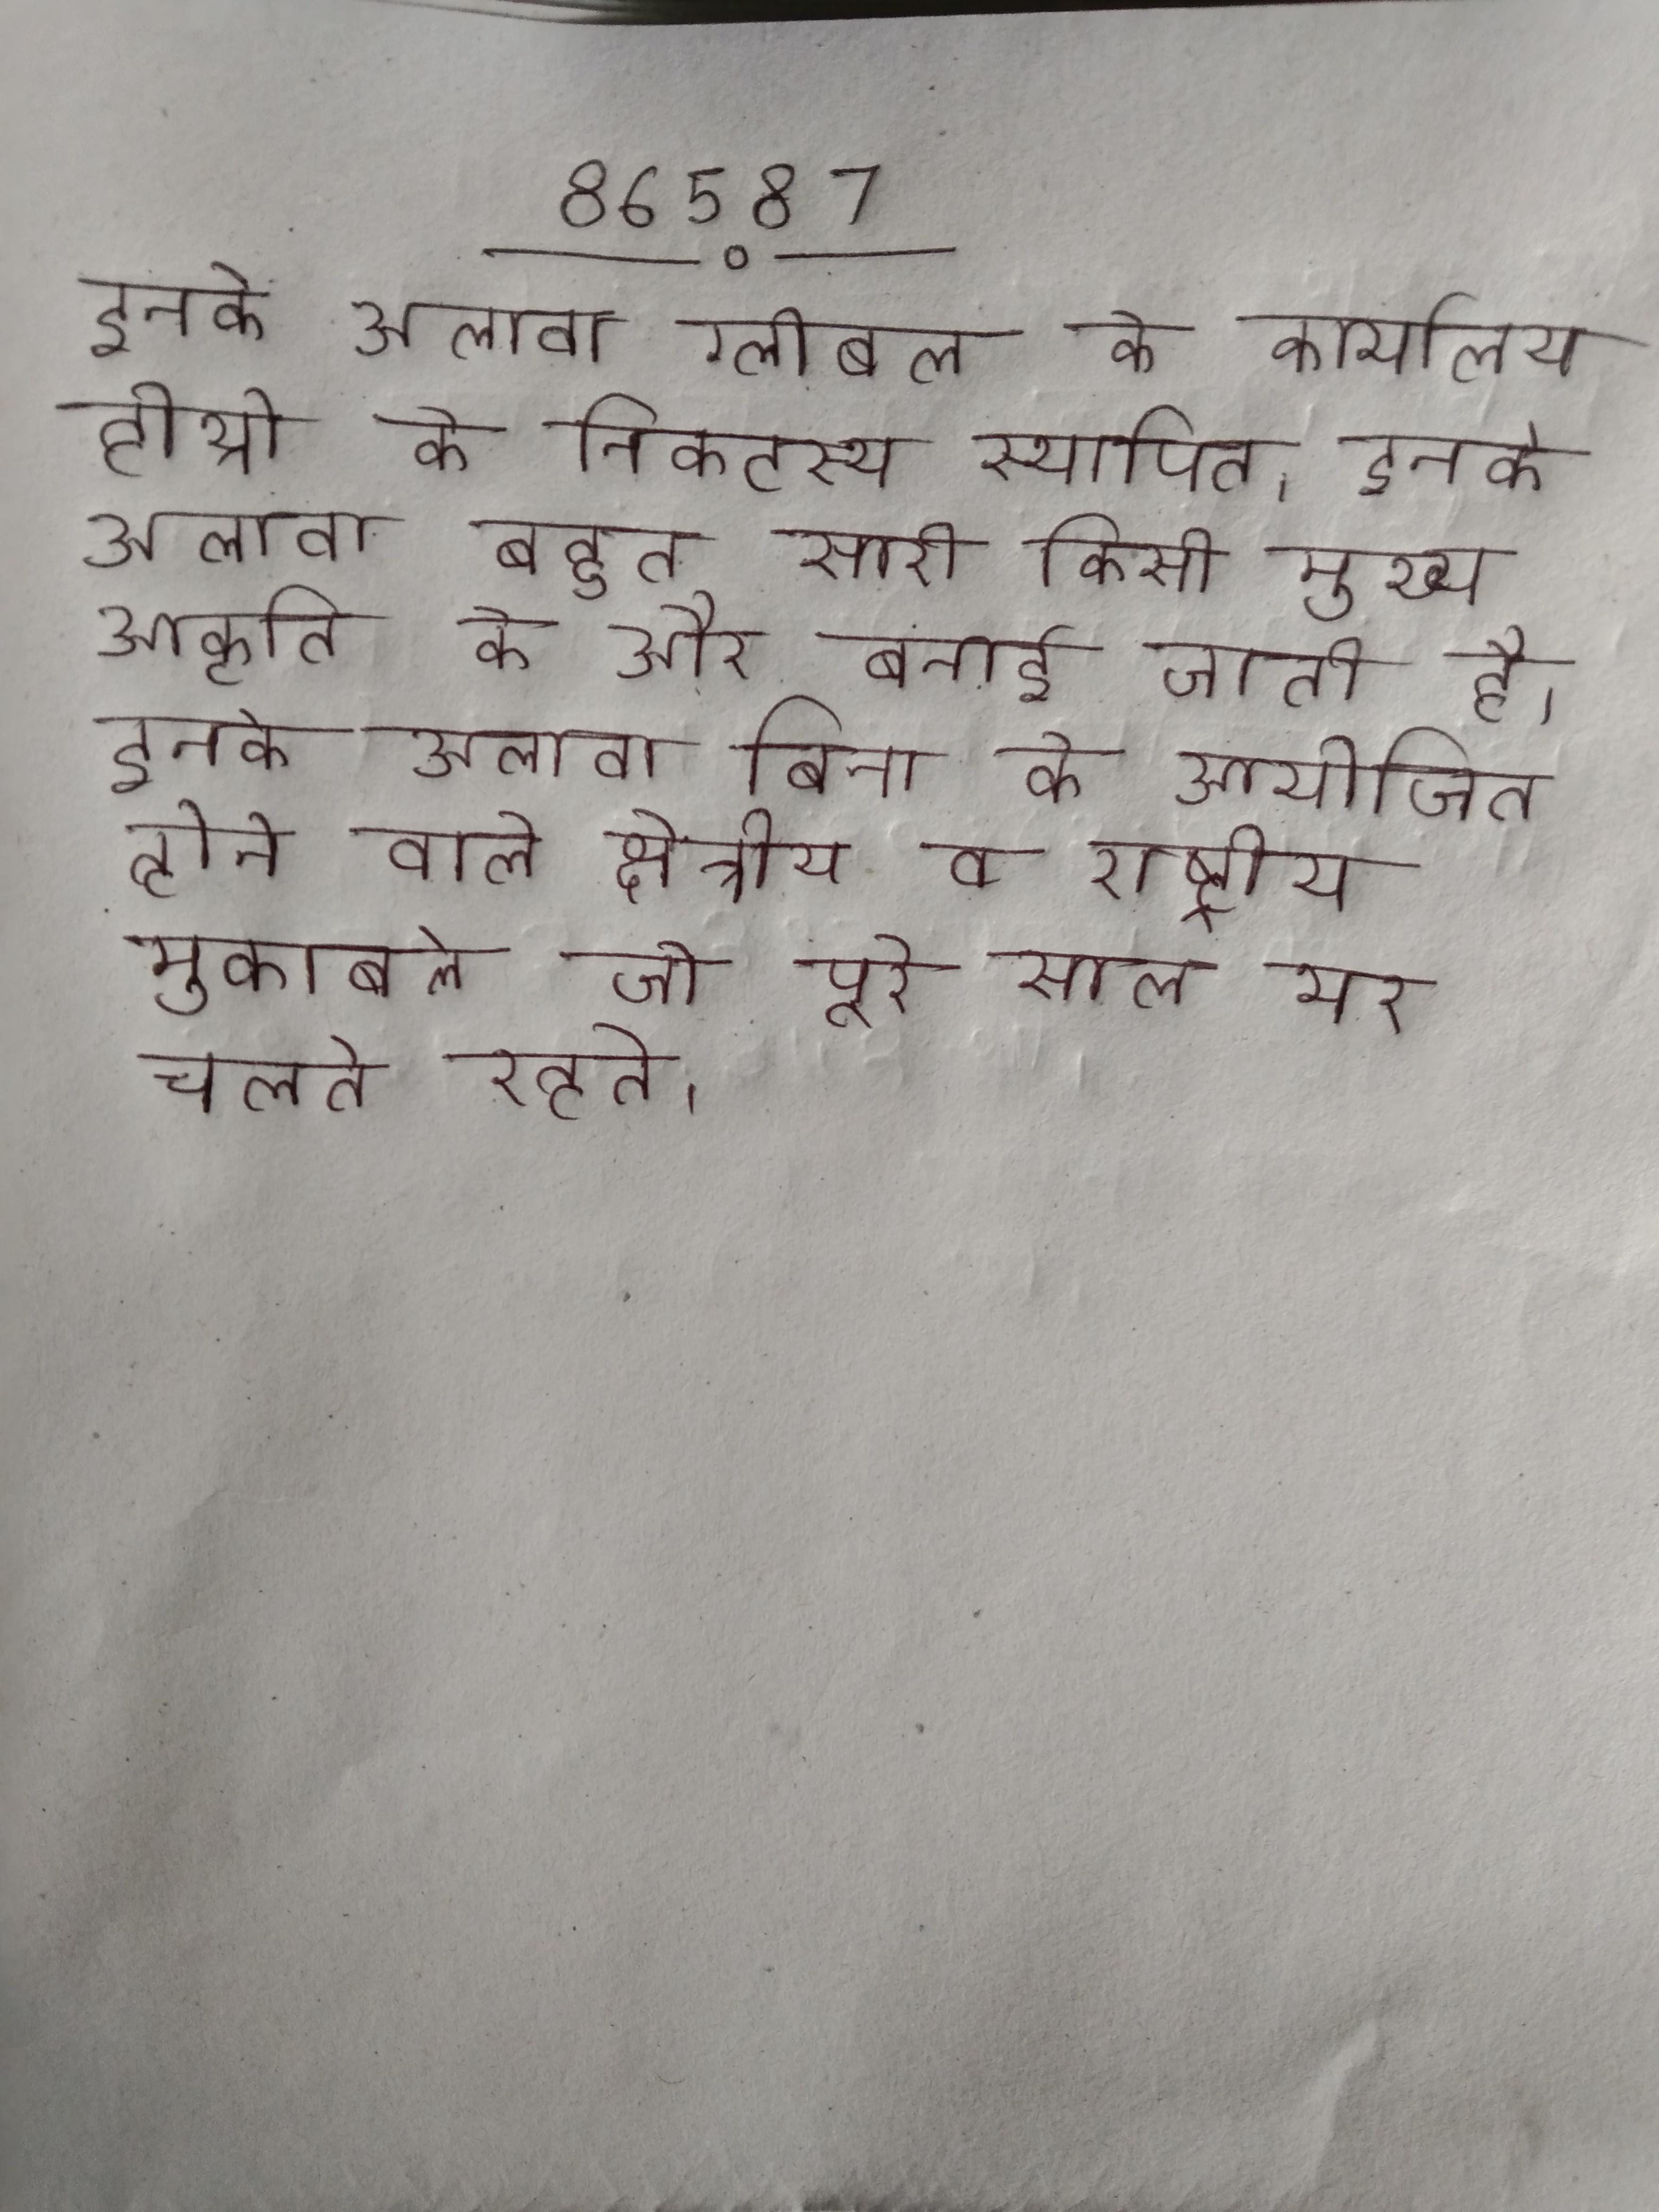
इनके अलावा ग्लोबल के कार्यालय हीथ्रो के निकटस्थ स्थापित । इनके अलावा बहुत सारी किसी मुख्य आकृति के ओर बनाई जाती है । इनके अलावा बिना के आयोजित होने वाले क्षेत्रीय व राष्ट्रीय मुकाबले जो पूरे साल भर चलते रहते ।